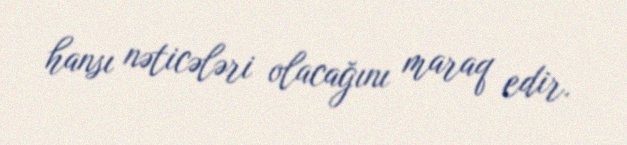
hansı nəticələri olacağını maraq edir.